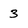
Character: 3